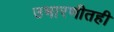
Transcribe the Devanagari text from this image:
उभारणीतही